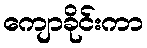
ကျောခိုင်းကာ